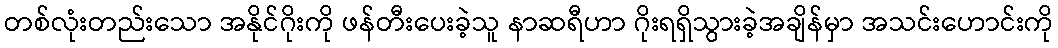
တစ်လုံးတည်းသော အနိုင်ဂိုးကို ဖန်တီးပေးခဲ့သူ နာဆရီဟာ ဂိုးရရှိသွားခဲ့အချိန်မှာ အသင်းဟောင်းကို